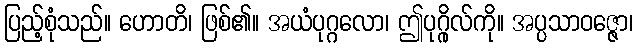
ပြည့်စုံသည်။ ဟောတိ၊ ဖြစ်၏။ အယံပုဂ္ဂလော၊ ဤပုဂ္ဂိုလ်ကို။ အပ္ပသာဝဇ္ဇော၊